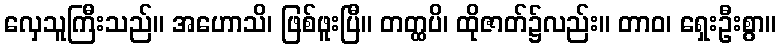
လှေသူကြီးသည်။ အဟောသိ၊ ဖြစ်ဖူးပြီ။ တတ္ထပိ၊ ထိုဇာတ်၌လည်း။ တာဝ၊ ရှေးဦးစွာ။